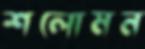
শলোমন